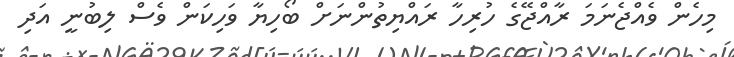
މިހެން ވެއްޖެނަމަ ރާއްޖޭގެ ހުރިހާ ރައްޔިތުންނަށް ބޯހިޔާ ވަހިކަން ވެސް ލިބުނީ އަދި